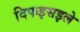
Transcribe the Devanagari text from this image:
दिफइसइले